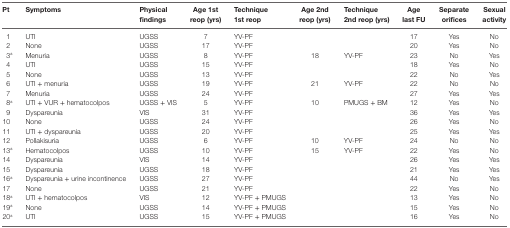
<table><thead><tr><td><b>Pt</b></td><td><b>Symptoms</b></td><td><b>Physical findings</b></td><td><b>Age 1st reop (yrs)</b></td><td><b>Technique 1st reop</b></td><td><b>Age 2nd reop (yrs)</b></td><td><b>Technique 2nd reop (yrs)</b></td><td><b>Age last FU</b></td><td><b>Separate orifices</b></td><td><b>Sexual activity</b></td></tr></thead><tbody><tr><td>1</td><td>UTI</td><td>UGSS</td><td>7</td><td>YV-PF</td><td></td><td></td><td>17</td><td>Yes</td><td>No</td></tr><tr><td>2</td><td>None</td><td>UGSS</td><td>17</td><td>YV-PF</td><td></td><td></td><td>20</td><td>Yes</td><td>No</td></tr><tr><td>3<sup>a</sup></td><td>Menuria</td><td>UGSS</td><td>8</td><td>YV-PF</td><td>18</td><td>YV-PF</td><td>23</td><td>No</td><td>Yes</td></tr><tr><td>4</td><td>UTI</td><td>UGSS</td><td>15</td><td>YV-PF</td><td></td><td></td><td>18</td><td>Yes</td><td>No</td></tr><tr><td>5</td><td>None</td><td>UGSS</td><td>13</td><td>YV-PF</td><td></td><td></td><td>22</td><td>No</td><td>Yes</td></tr><tr><td>6</td><td>UTI + menuria</td><td>UGSS</td><td>19</td><td>YV-PF</td><td>21</td><td>YV-PF</td><td>22</td><td>No</td><td>No</td></tr><tr><td>7</td><td>Menuria</td><td>UGSS</td><td>24</td><td>YV-PF</td><td></td><td></td><td>27</td><td>Yes</td><td>Yes</td></tr><tr><td>8<sup>a</sup></td><td>UTI + VUR + hematocolpos</td><td>UGSS + VIS</td><td>5</td><td>YV-PF</td><td>10</td><td>PMUGS + BM</td><td>12</td><td>Yes</td><td>No</td></tr><tr><td>9</td><td>Dyspareunia</td><td>VIS</td><td>31</td><td>YV-PF</td><td></td><td></td><td>36</td><td>Yes</td><td>Yes</td></tr><tr><td>10</td><td>None</td><td>UGSS</td><td>24</td><td>YV-PF</td><td></td><td></td><td>26</td><td>Yes</td><td>No</td></tr><tr><td>11</td><td>UTI + dyspareunia</td><td>UGSS</td><td>20</td><td>YV-PF</td><td></td><td></td><td>25</td><td>Yes</td><td>Yes</td></tr><tr><td>12</td><td>Pollakisuria</td><td>UGSS</td><td>6</td><td>YV-PF</td><td>10</td><td>YV-PF</td><td>24</td><td>No</td><td>No</td></tr><tr><td>13<sup>a</sup></td><td>Hematocolpos</td><td>UGSS</td><td>10</td><td>YV-PF</td><td>15</td><td>YV-PF</td><td>22</td><td>Yes</td><td>No</td></tr><tr><td>14</td><td>Dyspareunia</td><td>VIS</td><td>14</td><td>YV-PF</td><td></td><td></td><td>26</td><td>Yes</td><td>Yes</td></tr><tr><td>15</td><td>Dyspareunia</td><td>UGSS</td><td>18</td><td>YV-PF</td><td></td><td></td><td>21</td><td>Yes</td><td>Yes</td></tr><tr><td>16<sup>a</sup></td><td>Dyspareunia + urine incontinence</td><td>UGSS</td><td>27</td><td>YV-PF</td><td></td><td></td><td>44</td><td>No</td><td>Yes</td></tr><tr><td>17</td><td>None</td><td>UGSS</td><td>21</td><td>YV-PF</td><td></td><td></td><td>22</td><td>Yes</td><td>No</td></tr><tr><td>18<sup>a</sup></td><td>UTI + hematocolpos</td><td>VIS</td><td>12</td><td>YV-PF + PMUGS</td><td></td><td></td><td>13</td><td>Yes</td><td>No</td></tr><tr><td>19<sup>a</sup></td><td>None</td><td>UGSS</td><td>14</td><td>YV-PF + PMUGS</td><td></td><td></td><td>15</td><td>Yes</td><td>No</td></tr><tr><td>20<sup>a</sup></td><td>UTI</td><td>UGSS</td><td>15</td><td>YV-PF + PMUGS</td><td></td><td></td><td>16</td><td>Yes</td><td>No</td></tr></tbody></table>